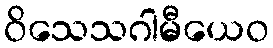
ဝိသေသဂါမီယေဝ